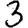
Digit: 3